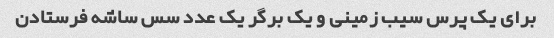
برای یک پرس سیب زمینی و یک برگر یک عدد سس ساشه فرستادن